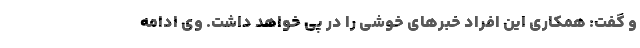
و گفت: همکاری این افراد خبرهای خوشی را در پی خواهد داشت. وی ادامه